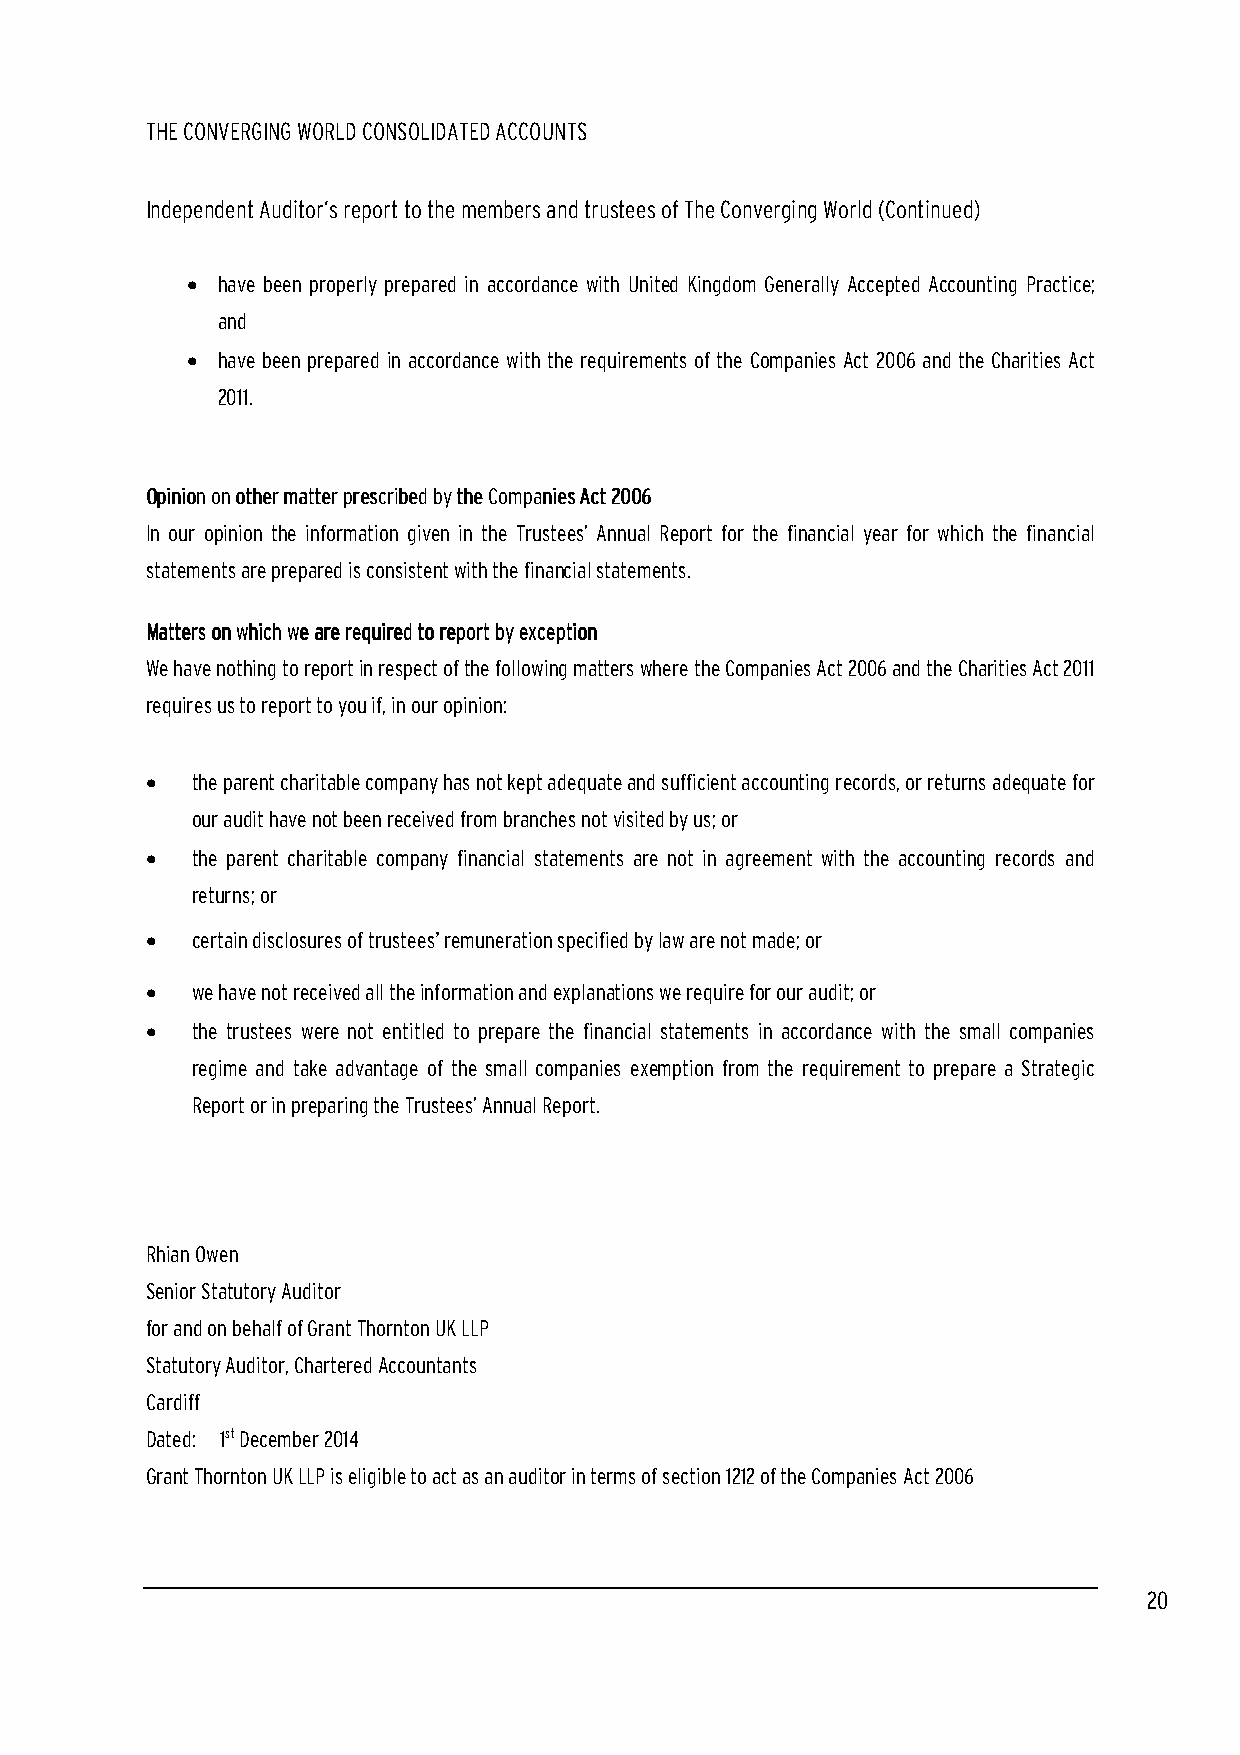
THE CONVERGING WORLD CONSOLIDATED ACCOUNTS
 Independent Auditor’s report to the members and trustees of The Converging World (Continued)
 • have been properly prepared in accordance with United Kingdom Generally Accepted Accounting Practice;
 and
 • have been prepared in accordance with the requirements of the Companies Act 2006 and the Charities Act
 2011.
 OOOOppppiiiinnnniiiioooonnnn oooonnnn ooootttthhhheeeerrrr mmmmaaaatttttttteeeerrrr pppprrrreeeessssccccrrrriiiibbbbeeeedddd bbbbyyyy tttthhhheeee CCCCoooommmmppppaaaannnniiiieeeessss AAAAcccctttt 2222000000006666
 In our opinion the information given in the Trustees’ Annual Report for the financial year for which the financial
 statements are prepared is consistent with the financial statements.
 MMMMaaaatttttttteeeerrrrssss oooonnnn wwwwhhhhiiiicccchhhh wwwweeee aaaarrrreeee rrrreeeeqqqquuuuiiiirrrreeeedddd ttttoooo rrrreeeeppppoooorrrrtttt bbbbyyyy eeeexxxxcccceeeeppppttttiiiioooonnnn
 We have nothing to report in respect of the following matters where the Companies Act 2006 and the Charities Act 2011
 requires us to report to you if, in our opinion:
 •  the parent charitable company has not kept adequate and sufficient accounting records, or returns adequate for
 our audit have not been received from branches not visited by us; or
 •  the parent charitable company financial statements are not in agreement with the accounting records and
 returns; or
 •  certain disclosures of trustees’ remuneration specified by law are not made; or
 •  we have not received all the information and explanations we require for our audit; or
 •  the trustees were not entitled to prepare the financial statements in accordance with the small companies
 regime and take advantage of the small companies exemption from the requirement to prepare a Strategic
 Report or in preparing the Trustees’ Annual Report.
 Rhian Owen
 Senior Statutory Auditor
 for and on behalf of Grant Thornton UK LLP
 Statutory Auditor, Chartered Accountants
 Cardiff
 Dated: 1st December 2014
 Grant Thornton UK LLP is eligible to act as an auditor in terms of section 1212 of the Companies Act 2006
 20